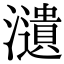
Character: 瀢